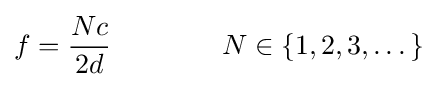
f={\frac {Nc}{2d}}\qquad \qquad N\in \{1,2,3,\dots \}